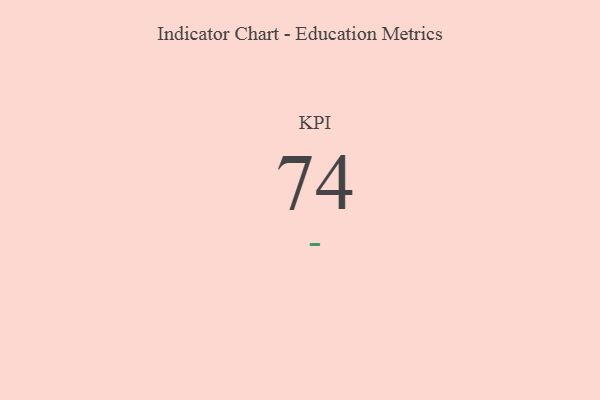
{"axis": {"x": "KPI", "y": "Value"}, "legend": [""], "data": [{"x": "KPI", "y": 74, "type": ""}]}